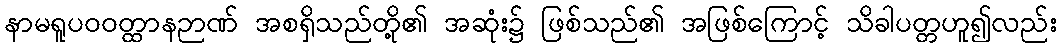
နာမရူပဝဝတ္ထာနဉာဏ် အစရှိသည်တို့၏ အဆုံး၌ ဖြစ်သည်၏ အဖြစ်ကြောင့် သိခါပတ္တဟူ၍လည်း